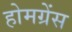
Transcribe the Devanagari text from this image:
होमग्रेंस